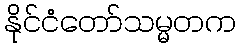
နိုင်ငံတော်သမ္မတက